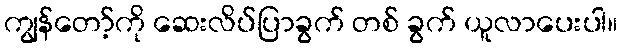
ကျွန်တော့်ကို ဆေးလိပ်ပြာခွက် တစ် ခွက် ယူလာပေးပါ။